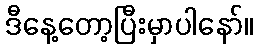
ဒီနေ့တော့ပြီးမှာပါနော်။